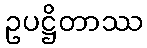
ဥပဋ္ဌိတာဿ